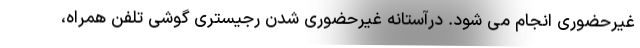
غیرحضوری انجام می شود. درآستانه غیرحضوری شدن رجیستری گوشی تلفن همراه،